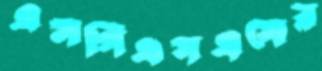
এসপিএসএসের